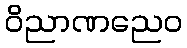
ဝိညာဏညေဝ